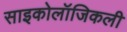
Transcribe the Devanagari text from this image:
साइकोलॉजिकली